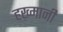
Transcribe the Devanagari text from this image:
हख़्मानी